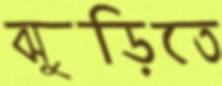
ঝুড়িতে